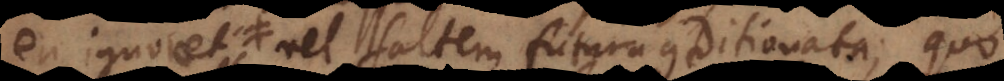
visus est), vel saltem futura conditionata; quo